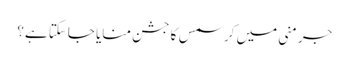
جرمنی میں کرسمس کا جشن منایا جاسکتا ہے؟